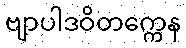
ဗျာပါဒဝိတက္ကေန